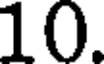
10.